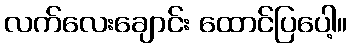
လက်လေးချောင်း ထောင်ပြပေါ့။